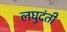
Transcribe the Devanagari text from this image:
लघुदंती